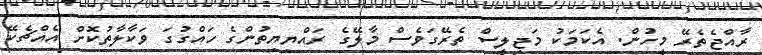
ރާއްޖެތެރޭ މީހުން. އެކަމަކު މަޖިލީސް ތެރޭގަވެސް މާލޭގެ ރައްޔިޔިތުންގެ ހައްގުގަ ވަކާލާތުކޮށް އެއްޗެކޭ